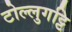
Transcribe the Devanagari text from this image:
टोल्लुगट्टि